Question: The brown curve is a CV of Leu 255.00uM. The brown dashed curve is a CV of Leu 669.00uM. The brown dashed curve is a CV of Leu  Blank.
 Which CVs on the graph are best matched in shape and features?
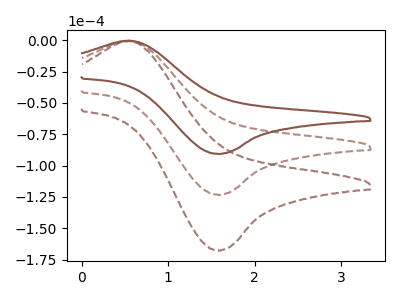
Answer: <think>The brown curve "Leu 255.00uM" has an anodic peak at (0.55V, -0.25uA) and a cathodic peak at (1.60V, -90.60uA). The brown dashed curve "Leu 669.00uM" has an anodic peak at (0.55V, -0.35uA) and a cathodic peak at (1.60V, -123.20uA). The brown dashed curve "Leu  Blank" has an anodic peak at (0.55V, -0.70uA) and a cathodic peak at (1.60V, -246.40uA).
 All the peaks in "Leu 255.00uM" have a peak in "Leu 669.00uM" at the same potential. All the peaks in "Leu 255.00uM" have a peak in "Leu  Blank" at the same potential. All the peaks in "Leu 669.00uM" have a peak in "Leu  Blank" at the same potential.</think>
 <answer>"Leu 255.00uM", "Leu 669.00uM" and "Leu  Blank" have the same shape and are likely CV's of the same chemical.</answer>
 <eval>"Leu 255.00uM" "Leu 669.00uM" "Leu  Blank"</eval>